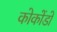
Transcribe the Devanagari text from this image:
कोकोंडो